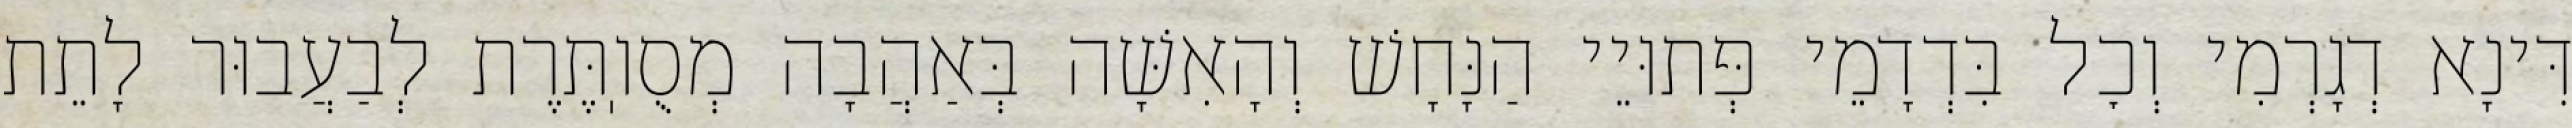
דִּינָא דְגָרְמִי וְכׇל בִּדְדָמֵי פְּתוּיֵי הַנָּחָשׁ וְהָאִשָּׁה בְּאַהֲבָה מְסֻוֽתֶּרֶת לְבַעֲבוּר לָתֵת